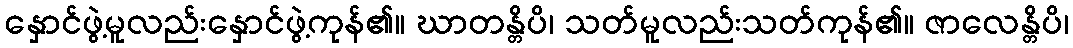
နှောင်ဖွဲ့မူလည်းနှောင်ဖွဲ့ကုန်၏။ ဃာတန္တိပိ၊ သတ်မူလည်းသတ်ကုန်၏။ ဇာလေန္တိပိ၊